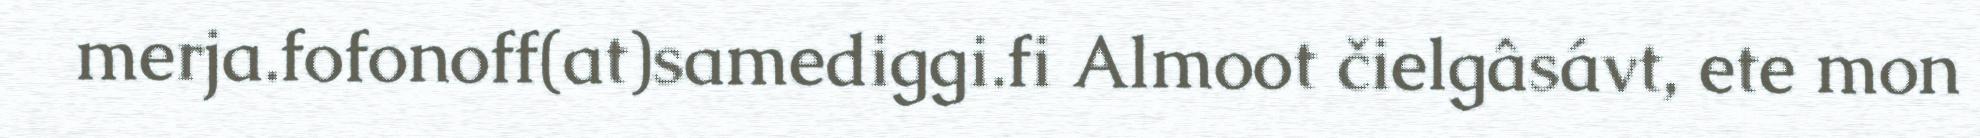
merja.fofonoff(at)samediggi.fi Almoot čielgâsávt, ete mon